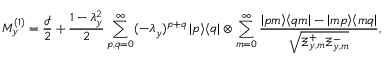
M _ { y } ^ { ( 1 ) } = \frac { \mathcal { I } } { 2 } + \frac { 1 - \lambda _ { y } ^ { 2 } } { 2 } \sum _ { p , q = 0 } ^ { \infty } ( - \lambda _ { y } ) ^ { p + q } \left| p \middle > \middle < q \right| \otimes \sum _ { m = 0 } ^ { \infty } \frac { \left| p m \middle > \middle < q m \right| - \left| m p \middle > \middle < m q \right| } { \sqrt { \Xi _ { y , m } ^ { + } \Xi _ { y , m } ^ { - } } } ,